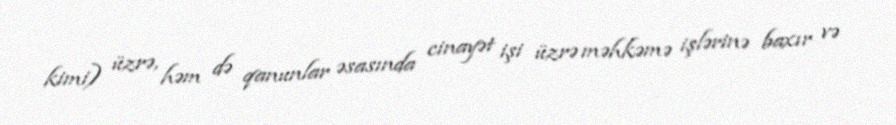
kimi) üzrə, həm də qanunlar əsasında cinayət işi üzrə məhkəmə işlərinə baxır və